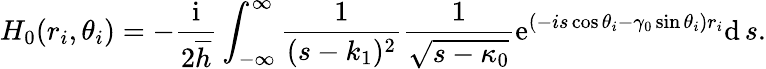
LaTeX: H_{0}(r_{i},\theta_{i})=-\frac{\mathrm{i}}{2\overline{{h}}}\int_{-\infty}^{\infty}\frac{1}{(s-k_{1})^{2}}\frac{1}{\sqrt{s-\kappa_{0}}}\mathrm{e}^{(-is\cos\theta_{i}-\gamma_{0}\sin\theta_{i})r_{i}}\mathrm{d}\, s.